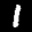
Label: 1